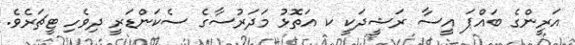
އަރީންގެ ބައްޕަ އީސާ ރަޝީދަކީ ކ އަތޮޅު މަދަރުސާގެ ސެކަންޑަރީ ދިވެހި ޓީޗަރެވެ.